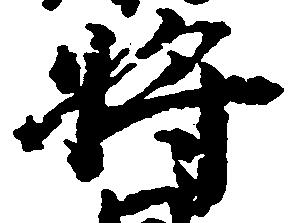
将